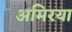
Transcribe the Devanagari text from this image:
अमिरया